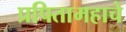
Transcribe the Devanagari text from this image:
प्रपितामहाचे